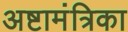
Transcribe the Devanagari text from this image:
अष्टामंत्रिका